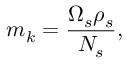
m _ { k } = \frac { \Omega _ { s } \rho _ { s } } { N _ { s } } ,